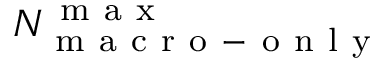
N _ { \mathrm { ~ m ~ a ~ c ~ r ~ o ~ - ~ o ~ n ~ l ~ y ~ } } ^ { \mathrm { ~ m ~ a ~ x ~ } }